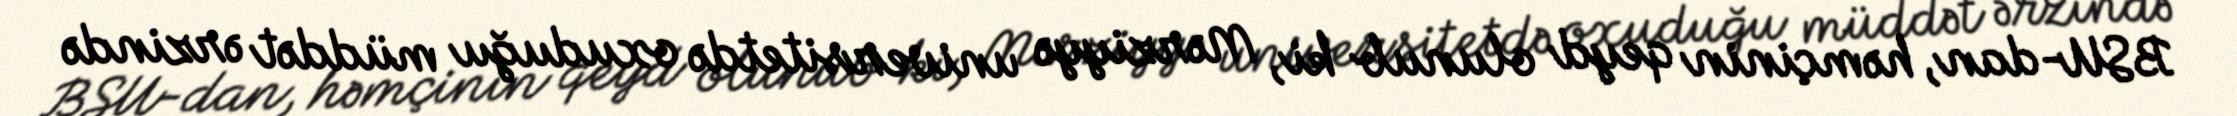
BSU-dan, həmçinin qeyd olunub ki, Mərziyyə universitetdə oxuduğu müddət ərzində